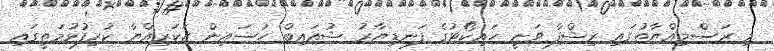
މި ރަސްމިއްޔާތުގައި ރިޝްފާ ވަނީ ހައިކޯޓުގެ ފަނޑިޔާރު ޝުއައިބް ހުސައިން ޒަކަރިއްޔާ ކުރިފުޅުމަތީގައި